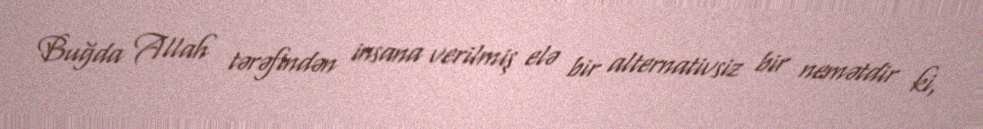
Buğda Allah tərəfindən insana verilmiş elə bir alternativsiz bir nemətdir ki,